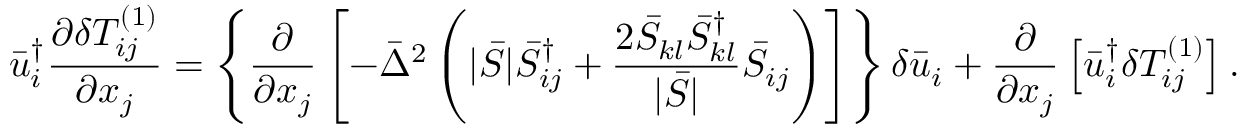
\bar { u } _ { i } ^ { \dag } \frac { { \partial \delta T _ { i j } ^ { \left( 1 \right) } } } { { \partial { x _ { j } } } } = \left\{ { \frac { \partial } { { \partial { x _ { j } } } } \left[ { - { { \bar { \Delta } } ^ { 2 } } \left( { | \bar { S } | \bar { S } _ { i j } ^ { \dag } + \frac { { 2 { { \bar { S } } _ { k l } } \bar { S } _ { k l } ^ { \dag } } } { { | \bar { S } | } } { { \bar { S } } _ { i j } } } \right) } \right] } \right\} \delta { { \bar { u } } _ { i } } + \frac { \partial } { { \partial { x _ { j } } } } \left[ { \bar { u } _ { i } ^ { \dag } \delta T _ { i j } ^ { \left( 1 \right) } } \right] .